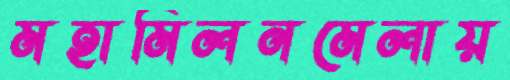
মহামিলনমেলায়